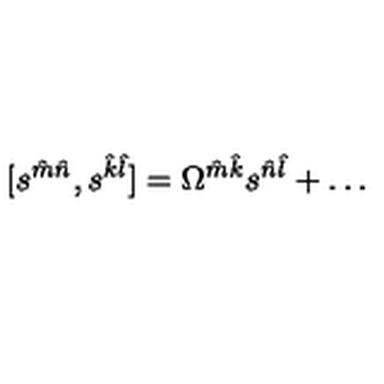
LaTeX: [ s ^ { \hat { m } \hat { n } } , s ^ { \hat { k } \hat { l } } ] = \Omega ^ { \hat { m } \hat { k } } s ^ { \hat { n } \hat { l } } + \dots